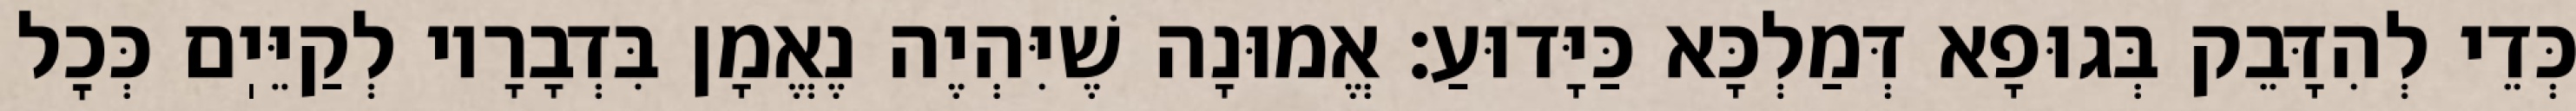
כְּדֵי לְהִדָּבֵק בְּגוּפָא דְּמַלְכָּא כַּיָּדוּעַ: אֱמוּנָה שֶׁיִּהְיֶה נֶאֱמָן בִּדְבָרָיו לְקַיֵּיֽם כְּכׇל